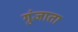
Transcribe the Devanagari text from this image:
गुंजाता